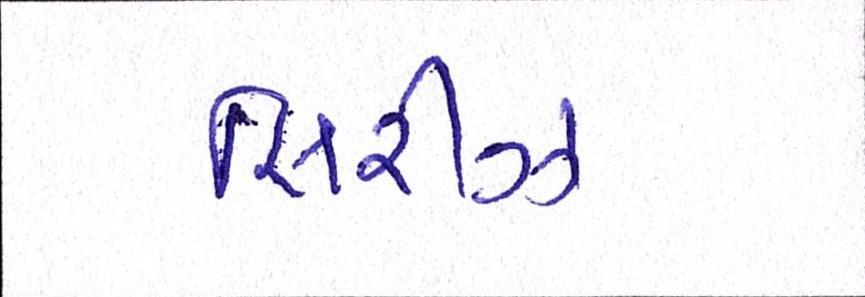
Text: સિરીઝ